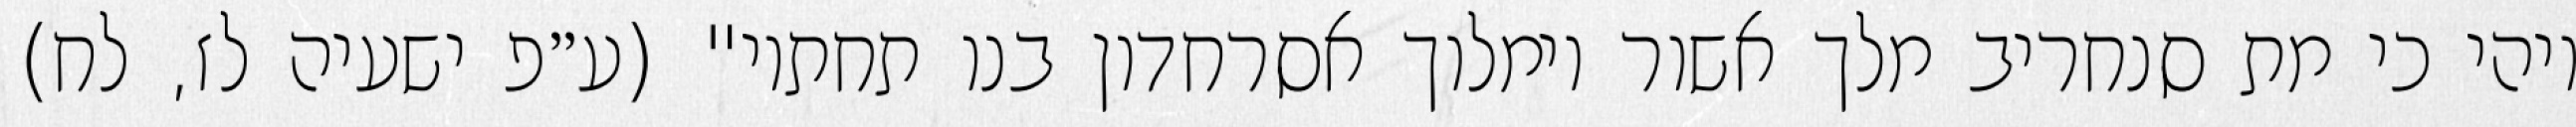
ויהי כי מת סנחריב מלך אשור וימלוך אסרחדון בנו תחתיו" (ע״פ ישעיה לז, לח)